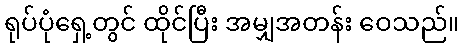
ရုပ်ပုံရှေ့တွင် ထိုင်ပြီး အမျှအတန်း ဝေသည်။